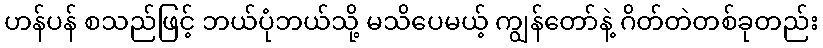
ဟန်ပန် စသည်ဖြင့် ဘယ်ပုံဘယ်သို့ မသိပေမယ့် ကျွန်တော်နဲ့ ဂိတ်တဲတစ်ခုတည်း